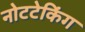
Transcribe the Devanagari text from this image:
नोटटेकिंग